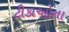
ટીકાઓના